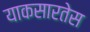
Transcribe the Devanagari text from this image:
याकसारतेस